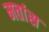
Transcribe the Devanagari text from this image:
मतांस